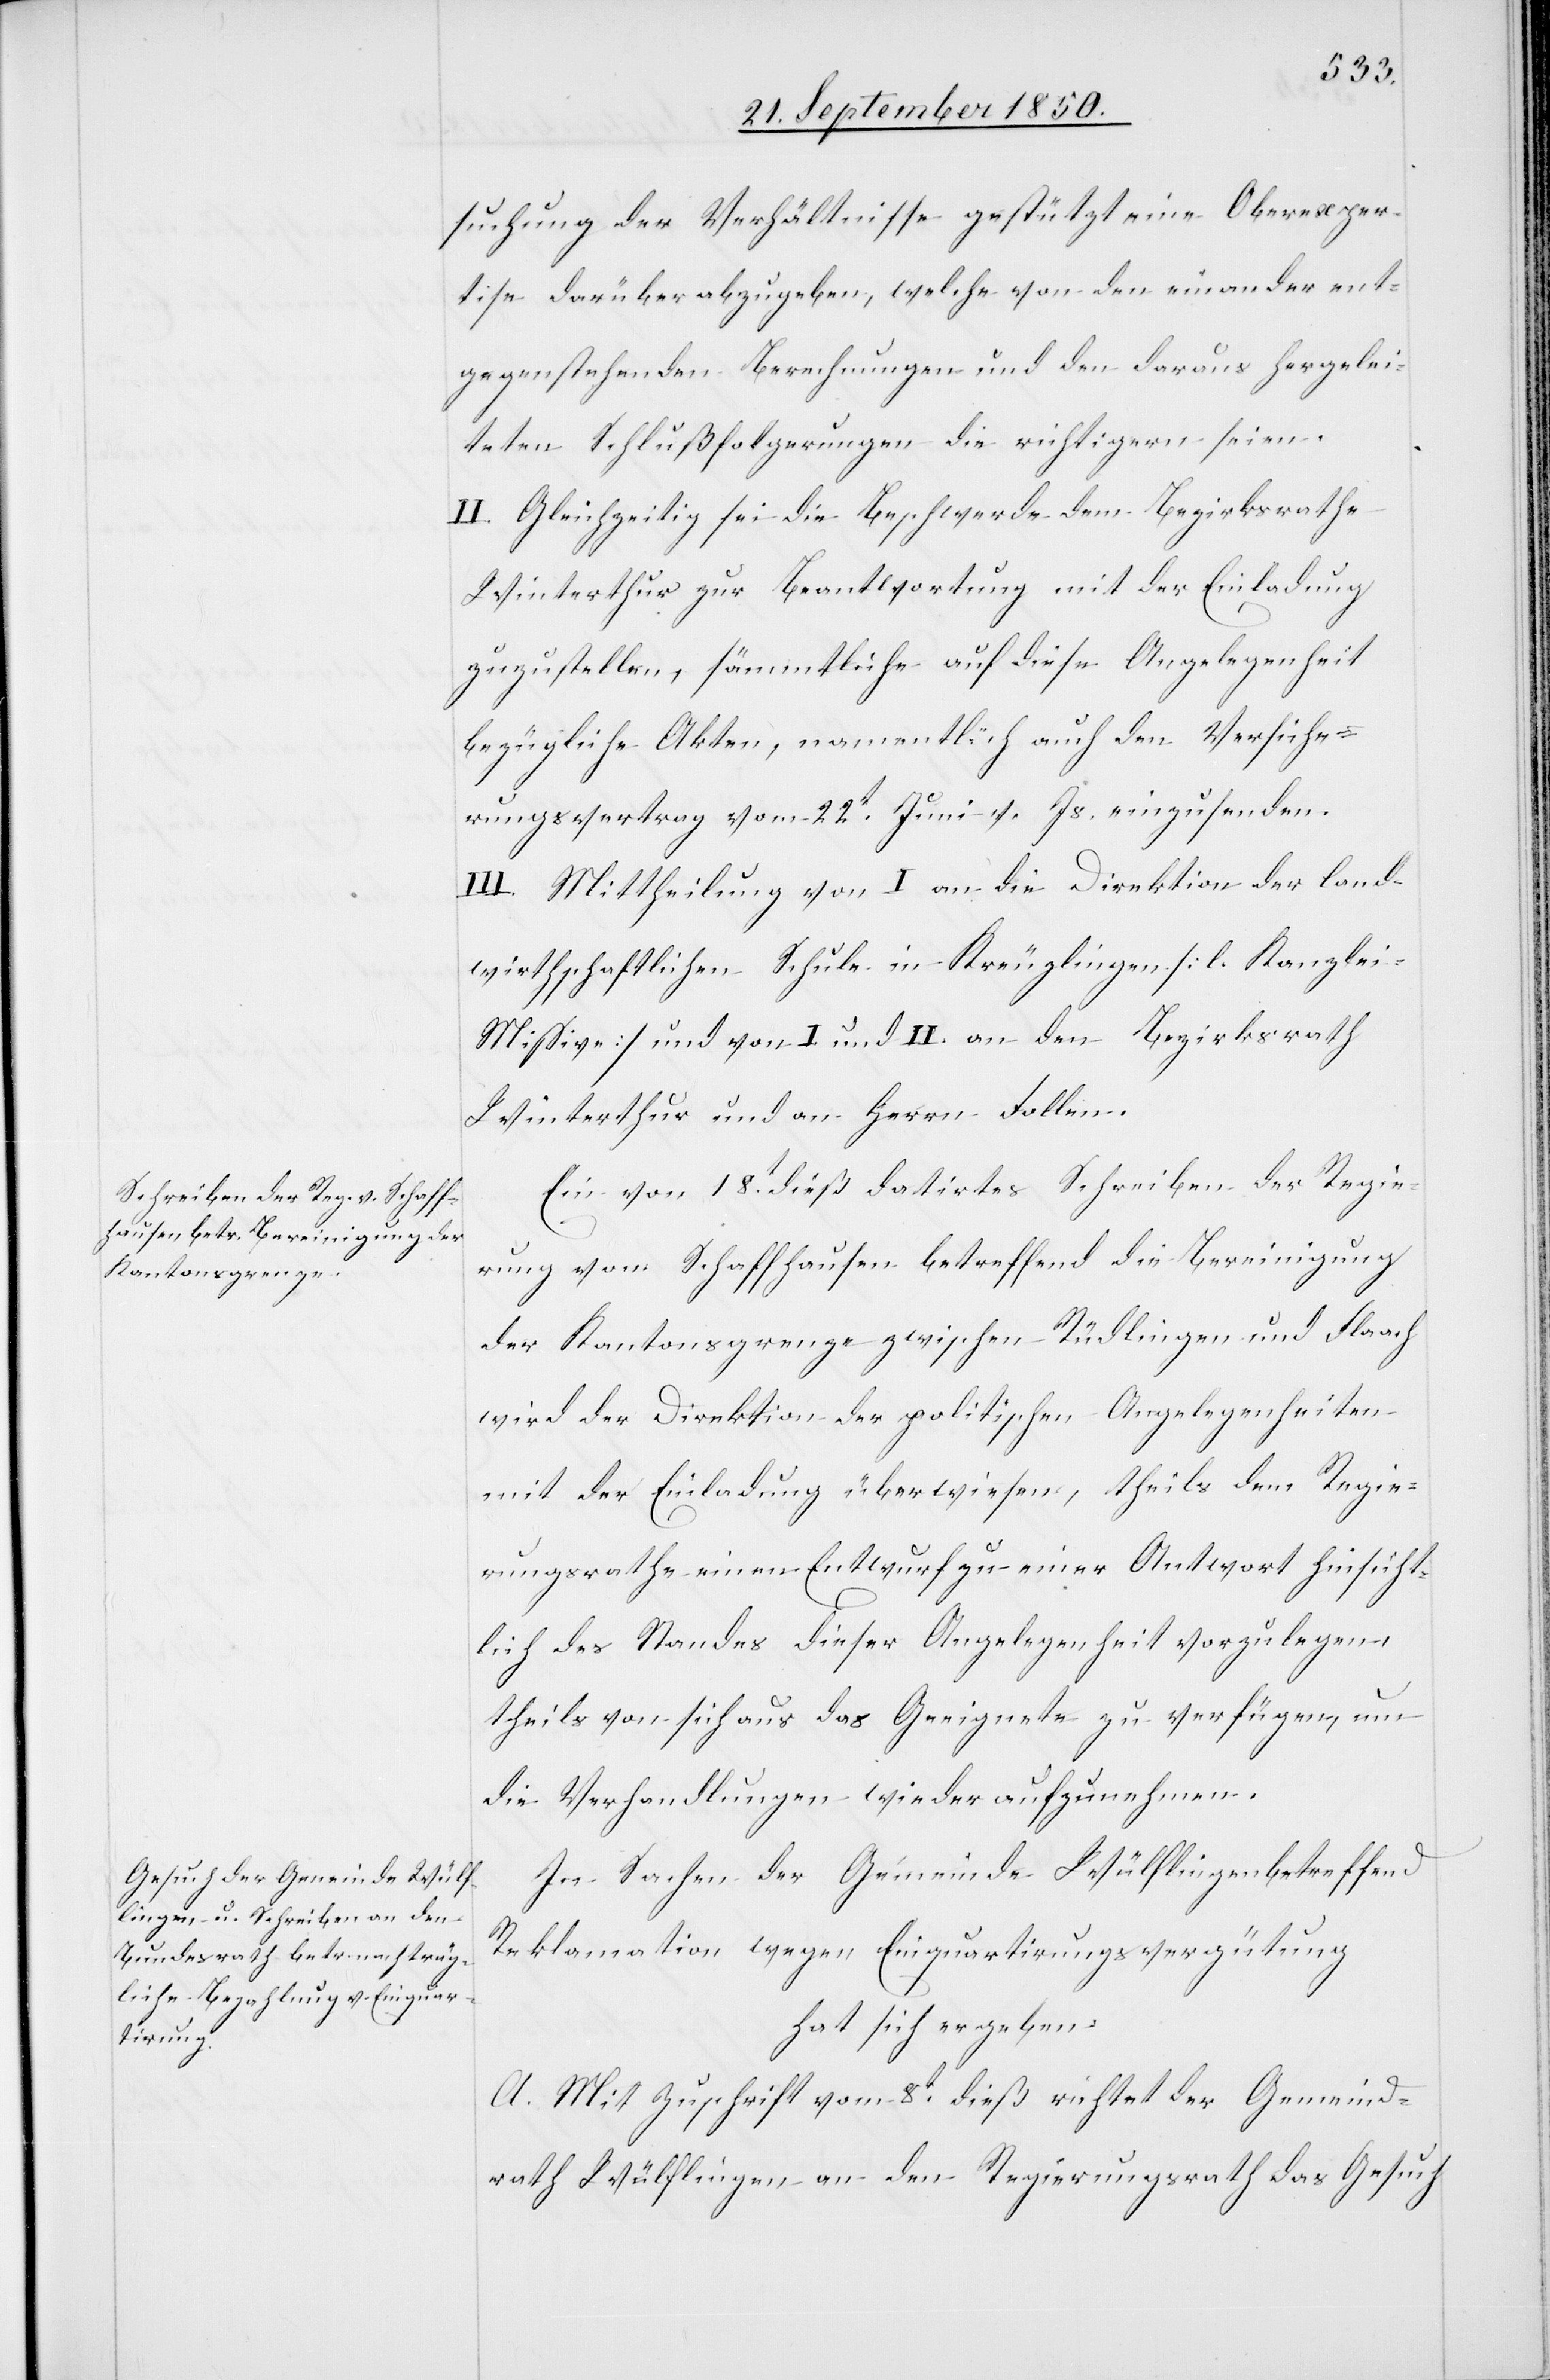
suchung der Verhältnisse gestützt eine Oberexper¬
tise darüber abzugeben, welche von den einander ent¬
gegenstehenden Berechnungen und den daraus hergelei¬
teten Schlußfolgerungen die richtigern seien.
II. Gleichzeitig sei die Beschwerde dem Bezirksrathe
Winterthur zur Beantwortung mit der Einladung
zuzustellen, sämmtliche auf diese Angelegenheit
bezügliche Akten, namentlich auch den Versiche¬
rungsvertrag vom 22t Juni v. Js. einzusenden.
III. Mittheilung von I an die Direktion der land¬
wirthschaftlichen Schule in Kreuzlingen [l. Kanzle¬
i-Missiven] und von I. und II. an den Bezirksrath
Winterthur und an Herrn Follen.
Ein von 18t dieß datirtes Schreiben der Regie¬
rung von Schaffhausen betreffend die Bereinigung
der Kantonsgrenze zwischen Rüdlingen und Flaach
wird der Direktion der politischen Angelegenheiten
mit der Einladung überwiesen, theils dem Regie¬
rungsrathe einen Entwurf zu einer Antwort hinsicht¬
lich des Standes dieser Angelegenheit vorzulegen,
theils von sich aus das Geeignete zu verfügen, um
die Verhandlungen wieder aufzunehmen.
In Sachen der Gemeinde Wülflingen betreffend
Reklamation wegen Einquartirungsvergütung
hat sich ergeben:
A. Mit Zuschrift vom 8t dieß richtet der Gemeind¬
rath Wülflingen an den Regierungsrath das Gesuch